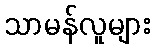
သာမန်လူများ